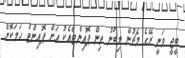
ބީޖީ ވަނީ ރޭގެ މެޗުން ލިބުނު ތިން ޕޮއިންޓާއެކު އަށް ޕޮއިންޓް ހަމަކޮށް